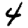
Digit: 4